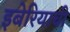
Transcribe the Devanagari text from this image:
इबेरियाची